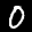
Label: 0